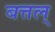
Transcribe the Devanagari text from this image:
बत्तल्